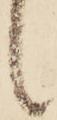
候